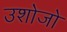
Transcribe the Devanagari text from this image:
उशोजो